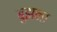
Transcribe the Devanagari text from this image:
बुझना